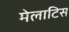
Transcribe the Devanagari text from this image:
मेलाटिस